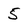
Character: 5